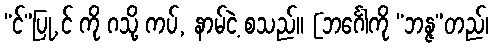
“င်”ပြု,င် ကို ဂသို့ ကပ်, နာမ်ငဲ့ စသည်။ [ဘင်္ဂေါကို “ဘန္ဇ”တည်၊